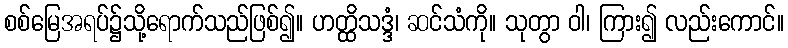
စစ်မြေအရပ်၌သို့ရောက်သည်ဖြစ်၍။ ဟတ္ထိသဒ္ဒံ၊ ဆင်သံကို။ သုတွာ ဝါ၊ ကြား၍ လည်းကောင်။